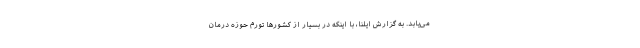
می‌یابد. به گزارش ایلنا، با اینکه در بسیار از کشورها تورم حوزه درمان